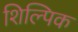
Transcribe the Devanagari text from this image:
शिल्पिक